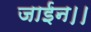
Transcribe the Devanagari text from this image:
जाईन।।